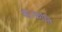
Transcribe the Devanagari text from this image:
था।क्रांति